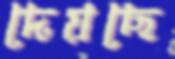
দেয়ছে